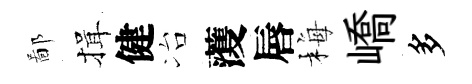
鄙揖健冶𮑮唇梅嶠多